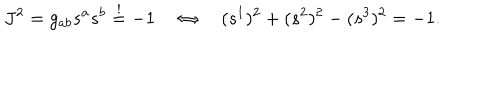
LaTeX: J ^ { 2 } = g _ { a b } s ^ { a } s ^ { b } \stackrel { ! } { = } - 1 \quad \Leftrightarrow \quad ( s ^ { 1 } ) ^ { 2 } + ( s ^ { 2 } ) ^ { 2 } - ( s ^ { 3 } ) ^ { 2 } = - 1 .